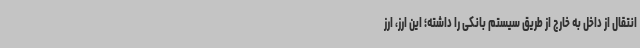
انتقال از داخل به خارج از طریق سیستم بانکی را داشته؛ این ارز، ارز